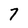
Character: 7